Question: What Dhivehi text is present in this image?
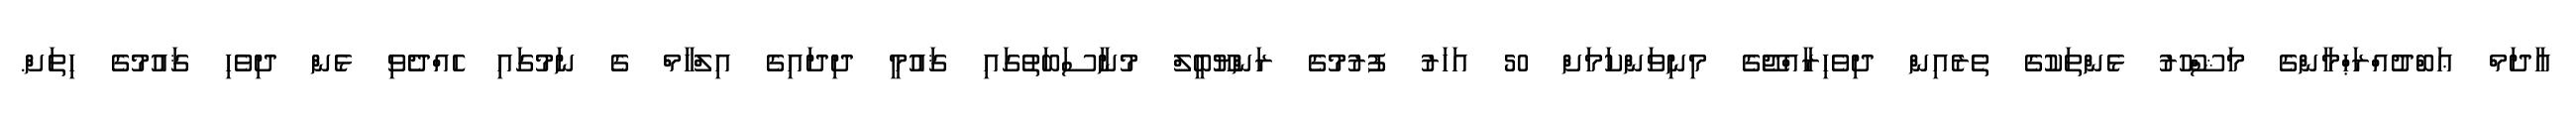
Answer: އާދަމް ޢަބްދުއްރަޙްމާންގެ މަޝްހޫރު ޅެންތަކުގެ ތެރެއިން ދިވެހިރާއްޖޭގެ މިނިވަންކަމަށް 50 އަހަރު ފުރުމުގެ ރަންޔޫބީލް މުނާސަބަތުގައި ޤައުމީ ދިދައިގެ އިލްހާމް ގެ ނަމުގައި ހެއްދެވި ޅެން ދިވެހި ޤައުމުގެ ހިތަށް.